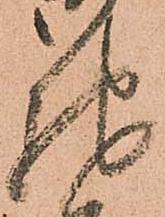
馳